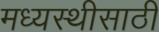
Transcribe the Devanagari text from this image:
मध्यस्थीसाठी